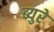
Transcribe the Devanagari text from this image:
ब्युरे